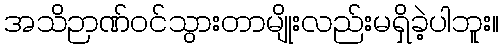
အသိဉာဏ်၀င်သွားတာမျိုးလည်းမရှိခဲ့ပါဘူး။